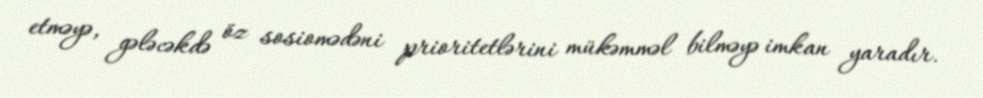
etməyə, gələcəkdə öz sosiomədəni prioritetlərini mükəmməl bilməyə imkan yaradır.